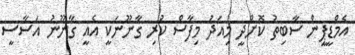
އެމްޑީޕީން ސާބިތު ކޮށްދީ މިއަދު މިފާސް ކުރި ގާނޫނަކީ އެއީ ގާނޫނު އަސާސީ